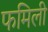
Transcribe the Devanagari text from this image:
फमिली